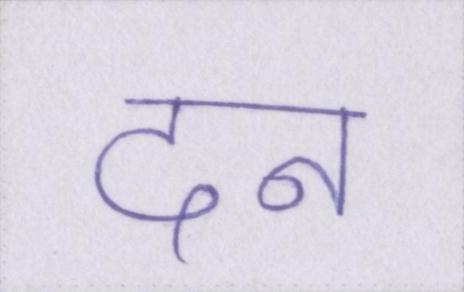
दन